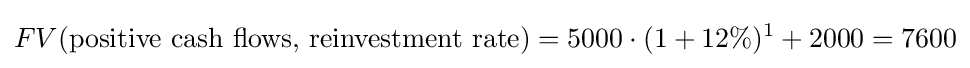
FV({\text{positive cash flows, reinvestment rate}})=5000\cdot (1+12\%)^{1}+2000=7600